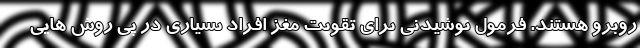
روبرو هستند. فرمول نوشیدنی برای تقویت مغز افراد بسیاری در پی روش هایی